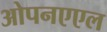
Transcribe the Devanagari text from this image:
ओपनएएल